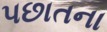
પછાતના